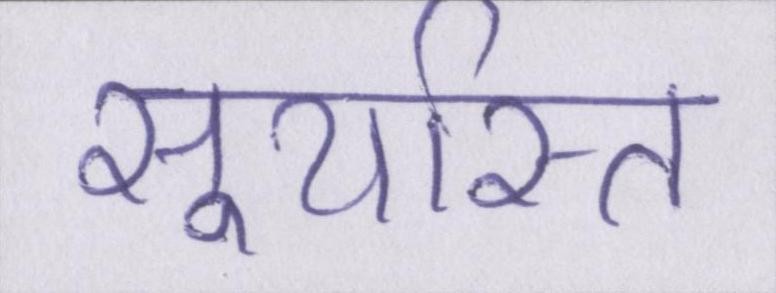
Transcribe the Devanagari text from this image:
सूर्यास्त